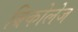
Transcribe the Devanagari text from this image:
ब्रिकोलेज